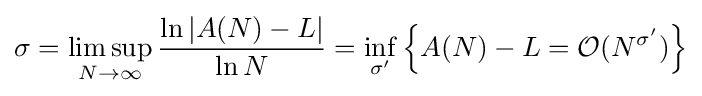
\sigma =\limsup _{N\to \infty }{\frac {\ln |A(N)-L|}{\ln N}}=\inf _{\sigma '}\left\{A(N)-L={\mathcal {O}}(N^{\sigma '})\right\}